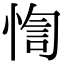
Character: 𢝁